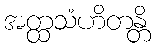
အတ္ထသံဟိတန္တိ